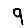
Digit: 9